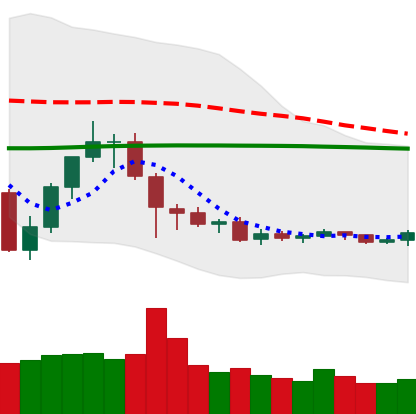
Ticker: TRX-USD
Chart end date: 2019-08-04
Forward return: -11.715%
Label: down_7plus